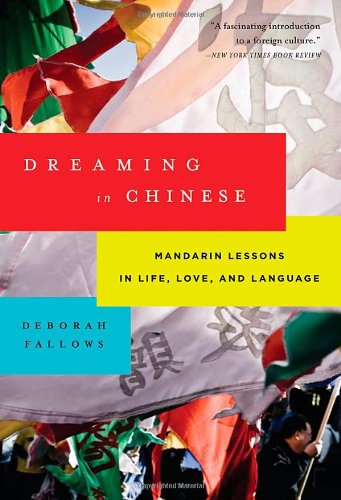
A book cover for Dreaming in Chinese: Mandarin Lessons In Life, Love, And Language; Deborah Fallows; Reference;